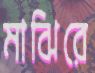
মাঝিরে